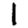
Digit: 1